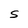
Character: S